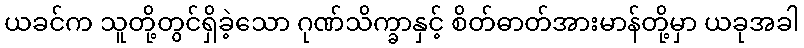
ယခင်က သူတို့တွင်ရှိခဲ့သော ဂုဏ်သိက္ခာနှင့် စိတ်ဓာတ်အားမာန်တို့မှာ ယခုအခါ